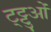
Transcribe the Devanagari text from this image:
ट्ट्टुओं